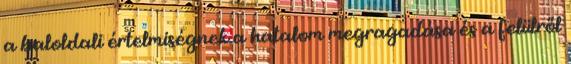
a baloldali értelmiségnek a hatalom megragadása és a felülről